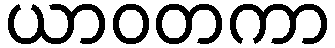
ယာဝတကာ